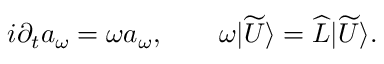
i \partial _ { t } a _ { \omega } = \omega a _ { \omega } , \qquad \omega | \widetilde { U } \rangle = \widehat { L } | \widetilde { U } \rangle .